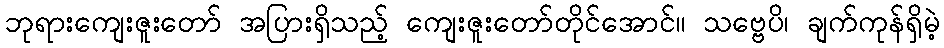
ဘုရားကျေးဇူးတော် အပြားရှိသည့် ကျေးဇူးတော်တိုင်အောင်။ သဗ္ဗေပိ၊ ချက်ကုန်ရှိမဲ့